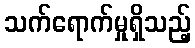
သက်ရောက်မှုရှိသည့်